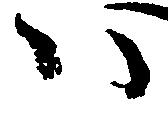
ハ